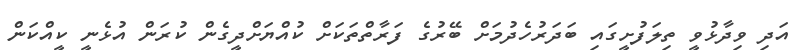
އަދި ވިދާޅުވީ ތިލަފުށީގައި ބަދަރުހެދުމަށް ބޭރުގެ ފަރާތްތަކަށް ކުއްޔަށްދީގެން ކުރަން އުޅެނީ ކީއްކަން